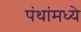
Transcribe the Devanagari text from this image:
पंथांमध्ये